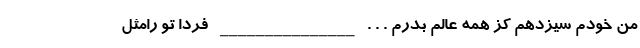
من خودم سیزدهم کز همه عالم بدرم . . . _______________ فردا تو رامثل